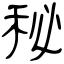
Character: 秘